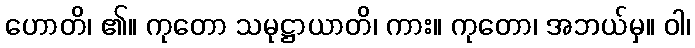
ဟောတိ၊ ၏။ ကုတော သမုဋ္ဌာယာတိ၊ ကား။ ကုတော၊ အဘယ်မှ။ ဝါ၊